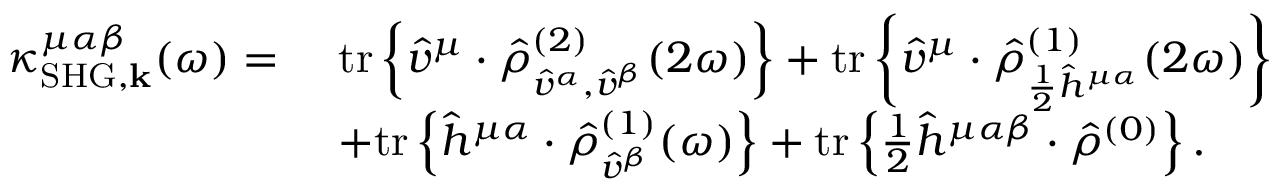
\begin{array} { r l } { \kappa _ { \mathrm { S H G } , \mathbf { k } } ^ { \mu \alpha \beta } ( \omega ) = \, \, } & { \mathrm { t r } \left\{ \hat { v } ^ { \mu } \cdot \hat { \rho } _ { \hat { v } ^ { \alpha } , \hat { v } ^ { \beta } } ^ { ( 2 ) } ( 2 \omega ) \right\} + \mathrm { t r } \left\{ \hat { v } ^ { \mu } \cdot \hat { \rho } _ { \frac { 1 } { 2 } \hat { h } ^ { \mu \alpha } } ^ { ( 1 ) } ( 2 \omega ) \right\} } \\ & { + \mathrm { t r } \left\{ \hat { h } ^ { \mu \alpha } \cdot \hat { \rho } _ { \hat { v } ^ { \beta } } ^ { ( 1 ) } ( \omega ) \right\} + \mathrm { t r } \left\{ \frac { 1 } { 2 } \hat { h } ^ { \mu \alpha \beta } \cdot \hat { \rho } ^ { ( 0 ) } \right\} \mathrm { . } } \end{array}